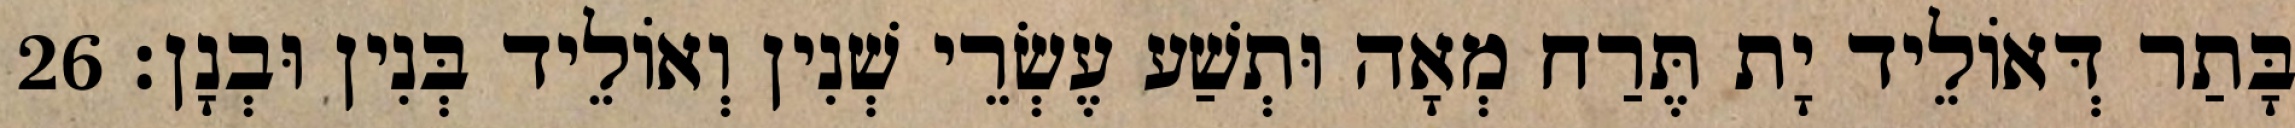
בָּתַר דְּאוֹלֵיד יָת תֶּרַח מְאָה וּתְשַׁע עֶשְׂרֵי שְׁנִין וְאוֹלֵיד בְּנִין וּבְנָן׃ 26